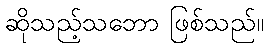
ဆိုသည့်သဘော ဖြစ်သည်။